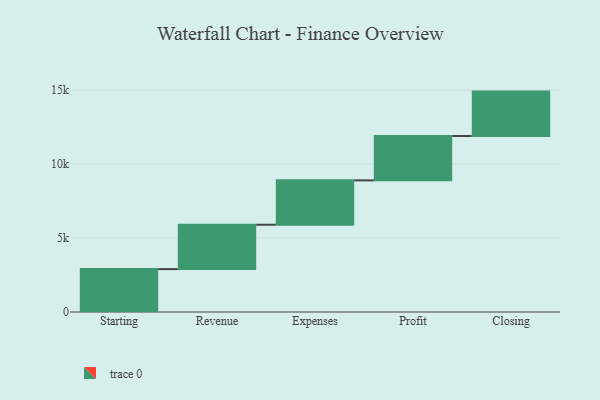
{"axis": {"x": "Step", "y": "Value"}, "legend": [""], "data": [{"x": "Starting", "y": 2899.0, "type": ""}, {"x": "Revenue", "y": 3000, "type": ""}, {"x": "Expenses", "y": 3000, "type": ""}, {"x": "Profit", "y": 3000, "type": ""}, {"x": "Closing", "y": 3000, "type": ""}]}